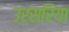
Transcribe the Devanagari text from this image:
उर्सरिया